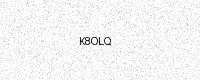
Text: K8OLQ